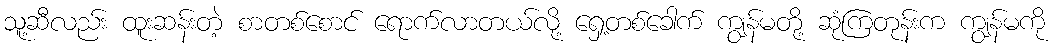
သူ့ဆီလည်း ထူးဆန်းတဲ့ စာတစ်စောင် ရောက်လာတယ်လို့ ရှေ့တစ်ခေါက် ကျွန်မတို့ ဆုံကြတုန်းက ကျွန်မကို